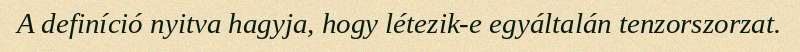
A definíció nyitva hagyja, hogy létezik-e egyáltalán tenzorszorzat.